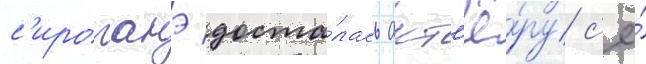
с'ироганэ доста́лась акт'ё́ру с'ё́